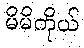
မိမိကိုယ်